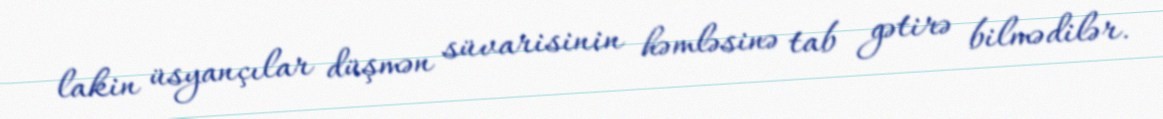
lakin üsyançılar düşmən süvarisinin həmləsinə tab gətirə bilmədilər.